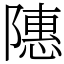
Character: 䧥